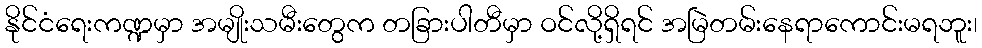
နိုင်ငံရေးကဏ္ဍမှာ အမျိုးသမီးတွေက တခြားပါတီမှာ ဝင်လို့ရှိရင် အမြဲတမ်းနေရာကောင်းမရဘူး၊